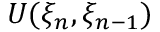
{ \cal U } ( \xi _ { n } , \xi _ { n - 1 } )